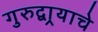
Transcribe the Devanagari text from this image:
गुरुद्वार्‍याचे